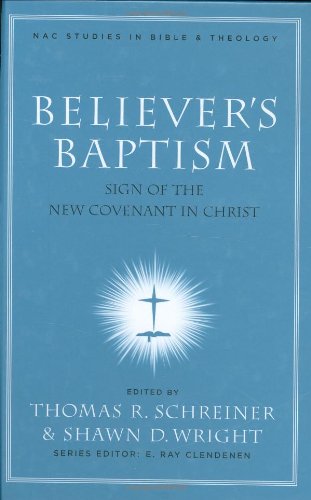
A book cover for Believer's Baptism: Sign of the New Covenant in Christ (New American Commentary Studies in Bible & Theology); Christian Books & Bibles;